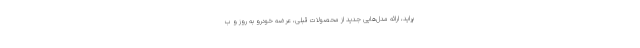
پراید، ارائه مدل‌هایی جدید از محصولات قبلی، عرضه خودرو به روز و ب